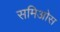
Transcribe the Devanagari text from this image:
समिओस